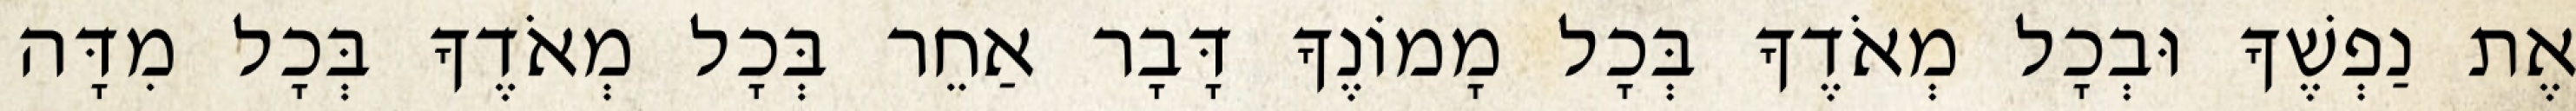
אֶת נַפְשֶׁךָ וּבְכָל מְאֹדֶךָ בְּכָל מָמוֹנֶךָ דָּבָר אַחֵר בְּכָל מְאֹדֶךָ בְּכָל מִדָּה